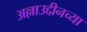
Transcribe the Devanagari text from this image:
अल्लाउद्दीनच्या